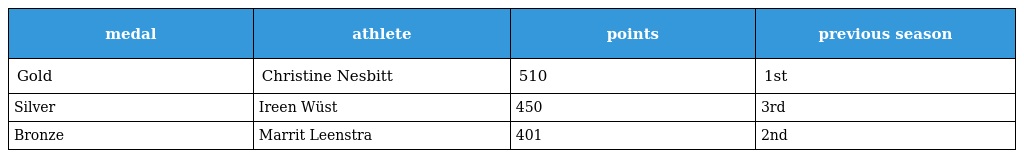
| medal | athlete | points | previous season |
 | --- | --- | --- | --- |
 | Gold | Christine Nesbitt | 510 | 1st |
 | Silver | Ireen Wüst | 450 | 3rd |
 | Bronze | Marrit Leenstra | 401 | 2nd |